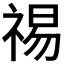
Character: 𫀒